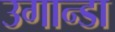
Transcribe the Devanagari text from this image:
उगान्डा